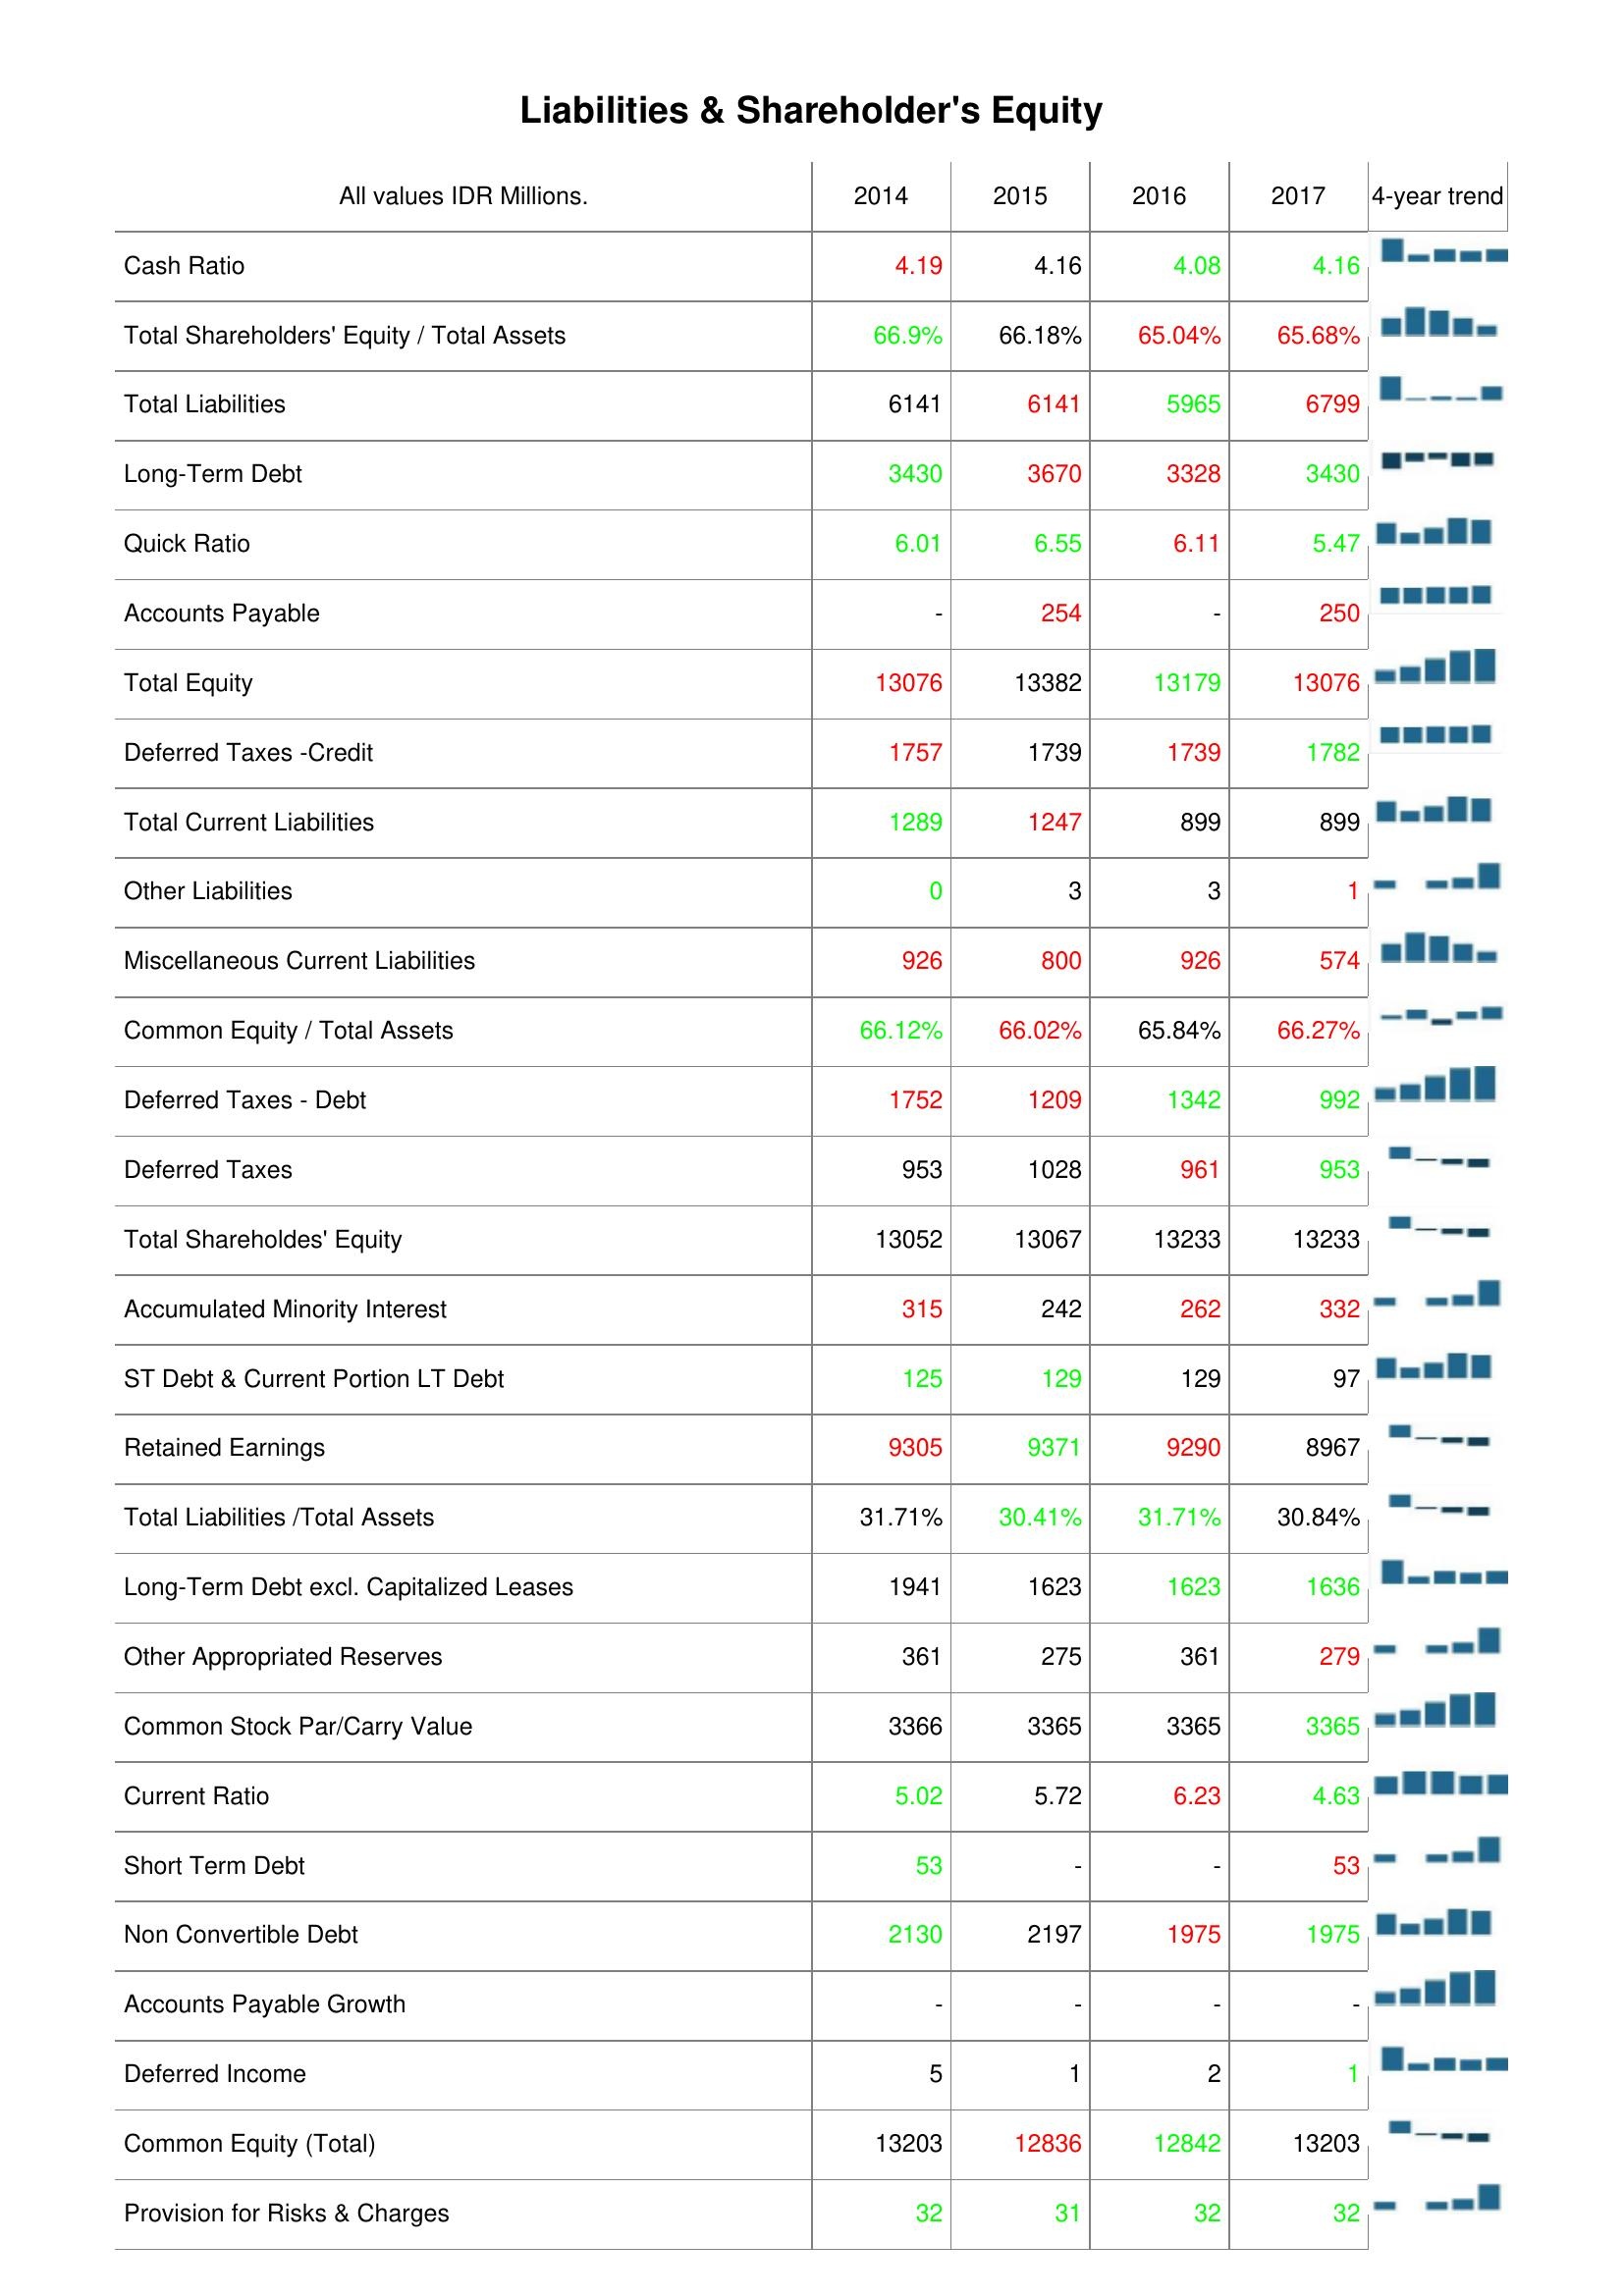
2014: Liabilities & Shareholder's Equity: Cash Ratio: 4.19
Total Shareholders' Equity / Total Assets: 66.9%
Total Liabilities: 6141
Long-Term Debt: 3430
Quick Ratio: 6.01
Accounts Payable: -
Total Equity: 13076
Deferred Taxes -Credit: 1757
Total Current Liabilities: 1289
Other Liabilities: 0
Miscellaneous Current Liabilities: 926
Common Equity / Total Assets: 66.12%
Deferred Taxes - Debt: 1752
Deferred Taxes: 953
Total Shareholdes' Equity: 13052
Accumulated Minority Interest: 315
ST Debt & Current Portion LT Debt: 125
Retained Earnings: 9305
Total Liabilities /Total Assets: 31.71%
Long-Term Debt excl. Capitalized Leases: 1941
Other Appropriated Reserves: 361
Common Stock Par/Carry Value: 3366
Current Ratio: 5.02
Short Term Debt: 53
Non Convertible Debt: 2130
Accounts Payable Growth: -
Deferred Income: 5
Common Equity (Total): 13203
Provision for Risks & Charges: 32
2015: Liabilities & Shareholder's Equity: Cash Ratio: 4.16
Total Shareholders' Equity / Total Assets: 66.18%
Total Liabilities: 6141
Long-Term Debt: 3670
Quick Ratio: 6.55
Accounts Payable: 254
Total Equity: 13382
Deferred Taxes -Credit: 1739
Total Current Liabilities: 1247
Other Liabilities: 3
Miscellaneous Current Liabilities: 800
Common Equity / Total Assets: 66.02%
Deferred Taxes - Debt: 1209
Deferred Taxes: 1028
Total Shareholdes' Equity: 13067
Accumulated Minority Interest: 242
ST Debt & Current Portion LT Debt: 129
Retained Earnings: 9371
Total Liabilities /Total Assets: 30.41%
Long-Term Debt excl. Capitalized Leases: 1623
Other Appropriated Reserves: 275
Common Stock Par/Carry Value: 3365
Current Ratio: 5.72
Short Term Debt: -
Non Convertible Debt: 2197
Accounts Payable Growth: -
Deferred Income: 1
Common Equity (Total): 12836
Provision for Risks & Charges: 31
2016: Liabilities & Shareholder's Equity: Cash Ratio: 4.08
Total Shareholders' Equity / Total Assets: 65.04%
Total Liabilities: 5965
Long-Term Debt: 3328
Quick Ratio: 6.11
Accounts Payable: -
Total Equity: 13179
Deferred Taxes -Credit: 1739
Total Current Liabilities: 899
Other Liabilities: 3
Miscellaneous Current Liabilities: 926
Common Equity / Total Assets: 65.84%
Deferred Taxes - Debt: 1342
Deferred Taxes: 961
Total Shareholdes' Equity: 13233
Accumulated Minority Interest: 262
ST Debt & Current Portion LT Debt: 129
Retained Earnings: 9290
Total Liabilities /Total Assets: 31.71%
Long-Term Debt excl. Capitalized Leases: 1623
Other Appropriated Reserves: 361
Common Stock Par/Carry Value: 3365
Current Ratio: 6.23
Short Term Debt: -
Non Convertible Debt: 1975
Accounts Payable Growth: -
Deferred Income: 2
Common Equity (Total): 12842
Provision for Risks & Charges: 32
2017: Liabilities & Shareholder's Equity: Cash Ratio: 4.16
Total Shareholders' Equity / Total Assets: 65.68%
Total Liabilities: 6799
Long-Term Debt: 3430
Quick Ratio: 5.47
Accounts Payable: 250
Total Equity: 13076
Deferred Taxes -Credit: 1782
Total Current Liabilities: 899
Other Liabilities: 1
Miscellaneous Current Liabilities: 574
Common Equity / Total Assets: 66.27%
Deferred Taxes - Debt: 992
Deferred Taxes: 953
Total Shareholdes' Equity: 13233
Accumulated Minority Interest: 332
ST Debt & Current Portion LT Debt: 97
Retained Earnings: 8967
Total Liabilities /Total Assets: 30.84%
Long-Term Debt excl. Capitalized Leases: 1636
Other Appropriated Reserves: 279
Common Stock Par/Carry Value: 3365
Current Ratio: 4.63
Short Term Debt: 53
Non Convertible Debt: 1975
Accounts Payable Growth: -
Deferred Income: 1
Common Equity (Total): 13203
Provision for Risks & Charges: 32